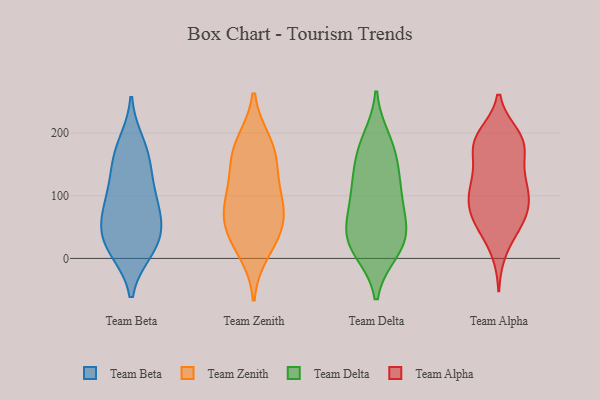
{"axis": {"x": "LTV (USD)", "y": "Value"}, "legend": ["Team Alpha", "Team Beta", "Team Delta", "Team Zenith"], "data": [{"x": "", "y": 42, "type": "Team Beta"}, {"x": "", "y": 47, "type": "Team Beta"}, {"x": "", "y": 165, "type": "Team Beta"}, {"x": "", "y": 121, "type": "Team Beta"}, {"x": "", "y": 60, "type": "Team Beta"}, {"x": "", "y": 110, "type": "Team Beta"}, {"x": "", "y": 13, "type": "Team Beta"}, {"x": "", "y": 20, "type": "Team Beta"}, {"x": "", "y": 183, "type": "Team Beta"}, {"x": "", "y": 158, "type": "Team Beta"}, {"x": "", "y": 81, "type": "Team Beta"}, {"x": "", "y": 14, "type": "Team Beta"}, {"x": "", "y": 82, "type": "Team Beta"}, {"x": "", "y": 86, "type": "Team Zenith"}, {"x": "", "y": 11, "type": "Team Zenith"}, {"x": "", "y": 41, "type": "Team Zenith"}, {"x": "", "y": 41, "type": "Team Zenith"}, {"x": "", "y": 90, "type": "Team Zenith"}, {"x": "", "y": 179, "type": "Team Zenith"}, {"x": "", "y": 143, "type": "Team Zenith"}, {"x": "", "y": 58, "type": "Team Zenith"}, {"x": "", "y": 156, "type": "Team Zenith"}, {"x": "", "y": 185, "type": "Team Zenith"}, {"x": "", "y": 95, "type": "Team Zenith"}, {"x": "", "y": 174, "type": "Team Delta"}, {"x": "", "y": 84, "type": "Team Delta"}, {"x": "", "y": 127, "type": "Team Delta"}, {"x": "", "y": 108, "type": "Team Delta"}, {"x": "", "y": 19, "type": "Team Delta"}, {"x": "", "y": 189, "type": "Team Delta"}, {"x": "", "y": 169, "type": "Team Delta"}, {"x": "", "y": 43, "type": "Team Delta"}, {"x": "", "y": 128, "type": "Team Delta"}, {"x": "", "y": 12, "type": "Team Delta"}, {"x": "", "y": 46, "type": "Team Delta"}, {"x": "", "y": 18, "type": "Team Delta"}, {"x": "", "y": 80, "type": "Team Delta"}, {"x": "", "y": 37, "type": "Team Delta"}, {"x": "", "y": 114, "type": "Team Alpha"}, {"x": "", "y": 183, "type": "Team Alpha"}, {"x": "", "y": 13, "type": "Team Alpha"}, {"x": "", "y": 55, "type": "Team Alpha"}, {"x": "", "y": 115, "type": "Team Alpha"}, {"x": "", "y": 186, "type": "Team Alpha"}, {"x": "", "y": 183, "type": "Team Alpha"}, {"x": "", "y": 68, "type": "Team Alpha"}, {"x": "", "y": 196, "type": "Team Alpha"}, {"x": "", "y": 112, "type": "Team Alpha"}, {"x": "", "y": 50, "type": "Team Alpha"}, {"x": "", "y": 92, "type": "Team Alpha"}, {"x": "", "y": 117, "type": "Team Alpha"}, {"x": "", "y": 65, "type": "Team Alpha"}, {"x": "", "y": 181, "type": "Team Alpha"}, {"x": "", "y": 166, "type": "Team Alpha"}, {"x": "", "y": 133, "type": "Team Alpha"}, {"x": "", "y": 69, "type": "Team Alpha"}, {"x": "", "y": 191, "type": "Team Alpha"}, {"x": "", "y": 89, "type": "Team Alpha"}]}